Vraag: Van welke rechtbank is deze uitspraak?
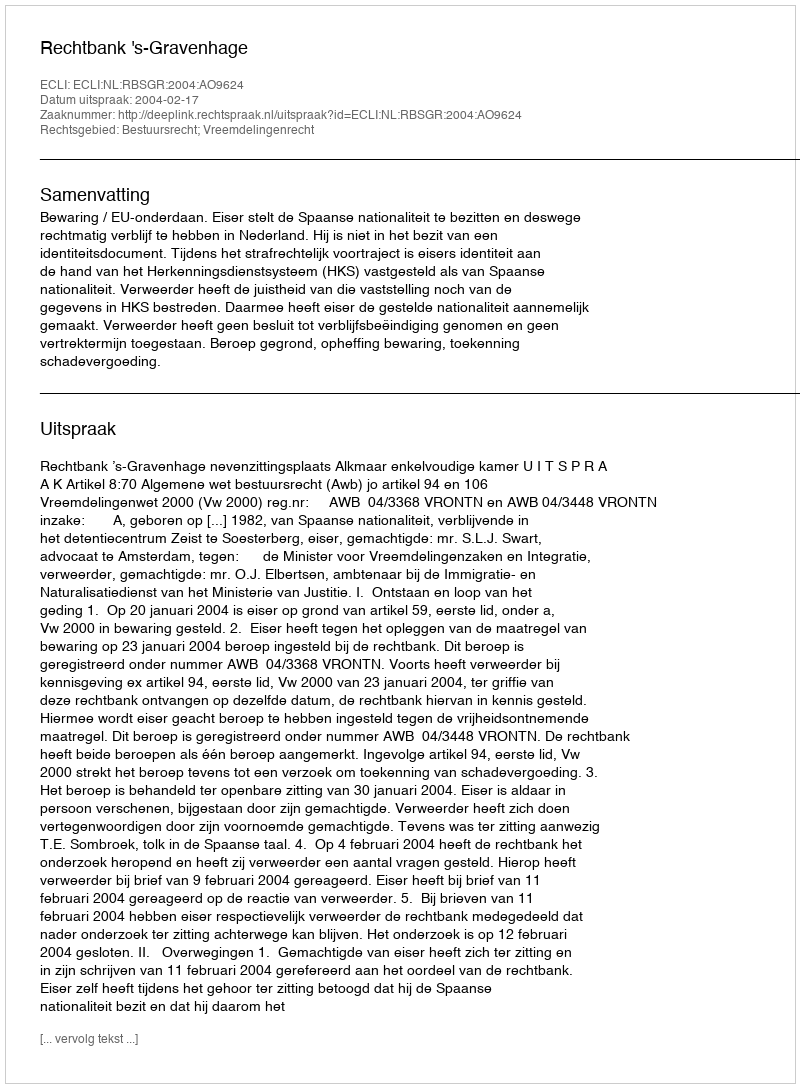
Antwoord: Rechtbank 's-Gravenhage